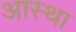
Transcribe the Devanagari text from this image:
अास्था